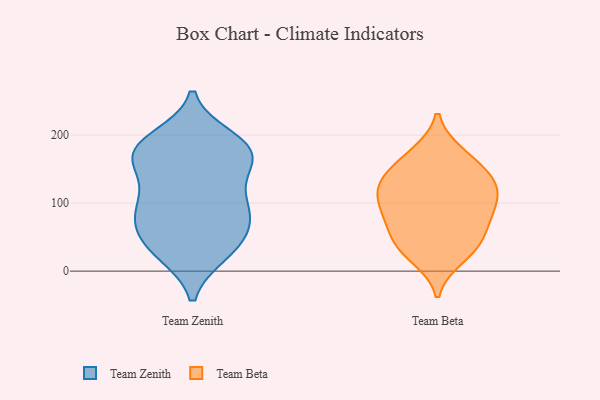
{"axis": {"x": "Tickets Resolved", "y": "Value"}, "legend": ["Team Beta", "Team Zenith"], "data": [{"x": "", "y": 26, "type": "Team Zenith"}, {"x": "", "y": 175, "type": "Team Zenith"}, {"x": "", "y": 168, "type": "Team Zenith"}, {"x": "", "y": 182, "type": "Team Zenith"}, {"x": "", "y": 170, "type": "Team Zenith"}, {"x": "", "y": 69, "type": "Team Zenith"}, {"x": "", "y": 139, "type": "Team Zenith"}, {"x": "", "y": 90, "type": "Team Zenith"}, {"x": "", "y": 57, "type": "Team Zenith"}, {"x": "", "y": 107, "type": "Team Zenith"}, {"x": "", "y": 26, "type": "Team Zenith"}, {"x": "", "y": 49, "type": "Team Zenith"}, {"x": "", "y": 154, "type": "Team Zenith"}, {"x": "", "y": 31, "type": "Team Zenith"}, {"x": "", "y": 95, "type": "Team Zenith"}, {"x": "", "y": 175, "type": "Team Zenith"}, {"x": "", "y": 190, "type": "Team Zenith"}, {"x": "", "y": 195, "type": "Team Zenith"}, {"x": "", "y": 79, "type": "Team Zenith"}, {"x": "", "y": 101, "type": "Team Zenith"}, {"x": "", "y": 47, "type": "Team Beta"}, {"x": "", "y": 133, "type": "Team Beta"}, {"x": "", "y": 92, "type": "Team Beta"}, {"x": "", "y": 110, "type": "Team Beta"}, {"x": "", "y": 130, "type": "Team Beta"}, {"x": "", "y": 68, "type": "Team Beta"}, {"x": "", "y": 115, "type": "Team Beta"}, {"x": "", "y": 66, "type": "Team Beta"}, {"x": "", "y": 140, "type": "Team Beta"}, {"x": "", "y": 31, "type": "Team Beta"}, {"x": "", "y": 20, "type": "Team Beta"}, {"x": "", "y": 145, "type": "Team Beta"}, {"x": "", "y": 173, "type": "Team Beta"}, {"x": "", "y": 84, "type": "Team Beta"}, {"x": "", "y": 172, "type": "Team Beta"}, {"x": "", "y": 103, "type": "Team Beta"}, {"x": "", "y": 34, "type": "Team Beta"}]}